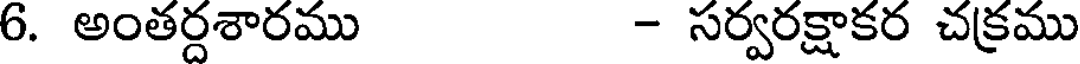
6. అంతర్దశారము - సర్వరక్షాకర చక్రము